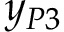
y _ { P 3 }